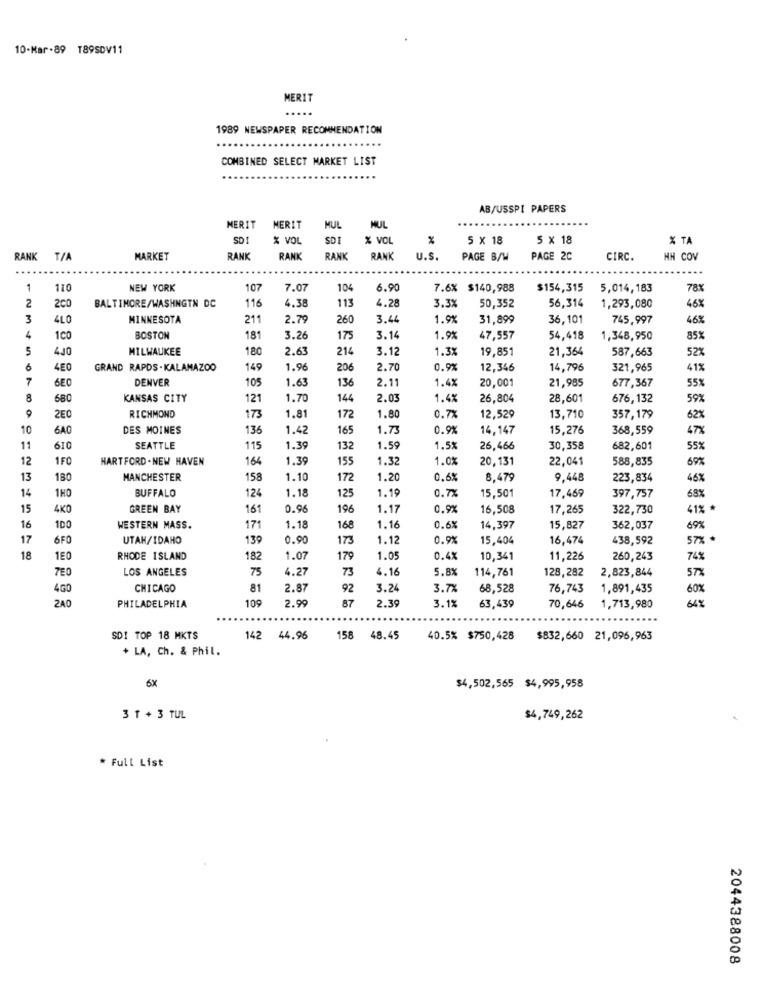
10-Mar .89 189SDV11
MERIT
1989 NEWSPAPER RECOMMENDATION
COMBINED SELECT MARKET LIST
AB/USSPI PAPERS
MERIT
MERIT
MUL
MUL
SD!
% VOL
SDI
% VOL
%
5 × 18
5 x 18
% TA
RANK T/A
MARKET
RANK
RANK
RAN
RANK
U.S.
PAGE B/W
PAGE 2C
CIRC.
HH COV
1
110
NEW YORK
107
7.07
104
6.90
7.6% $140,988
$154,315
5,014, 183
78x
BALTIMORE/WASHNGTN DC
4.38
113
4.28
56,314
2
200
116
3.3%
50,352
1,293,080
46%
3
4L0
MINNESOTA
211
2.79
260
3.4
1.9%
31,899
36,101
745,997
46%
4
100
BOSTON
181
3.26
175
3.14
1.9%
47,557
54,418
1,348,950
85%
5
400
MILWAUKEE
180
2.63
214
3.12
1.3%
19,851
21,364
587,663
52%
6
4E0
GRAND RAPDS- KALAMAZOO
149
1.96
206
2.70
0.9%
12,346
14,796
321,965
41%
7
DENVER
105
136
1.4%
20,001
21,985
677,367
55%
6E0
1.63
2.11
8
680
KANSAS CITY
121
1.70
144
2.03
1.4%
26,804
28,601
676,132
59%
0.7%
2E0
RICHMOND
173
1.81
172
1.80
12,529
13,710
357,179
62%
10
6AO
DES MOINES
136
1.42
165
1.73
0.9%
14,147
15,276
368,559
47%
11
610
SEATTLE
115
1.39
132
1.59
1.5%
26,466
30,358
682,601
55%
12
1FO
HARTFORD -NEW HAVEN
164
1.39
155
1.32
1.0%
20,131
22,041
588,835
69%
13
180
MANCHESTER
158
1.10
172
1.20
0.6%
8,479
9,448
223,834
46%
14
BUFFALO
124
1.18
125
1.19
15,501
68%
1HO
0.7%
17,469
397,757
15
4KO
GREEN BAY
161
0.96
196
1.17
0.9%
16,508
17,265
322,730
41% *
16
100
WESTERN MASS.
171
1.18
168
1.16
0.6%
14,397
15,827
362,037
69%
17
6FO
UTAH/IDAHO
139
0.90
173
1.12
0.9%
15,404
16,474
438,592
57%
18
1E0
RHODE ISLAND
182
1.07
179
1.0
0.4%
10,341
11,226
260,243
74%
7E0
LOS ANGELES
75
4.27
73
4.16
5.8%
114,761
128,282
2,823,844
57%
4GO
CHICAGO
81
2.87
92
3.24
3.7%
68,528
76,743
1,891,435
60%
ZAO
109
87
2.39
PHILADELPHIA
2.99
3.1%
63,439
70,646
1,713,980
64%
SDI TOP 18 MKTS
142 44.96
158 48.45
40.5% $750,428
$832,660 21,096,963
+ LA, Ch. & Phil.
6X
$4,502,565 $4,995,958
3 1 + 3 TUL
$4,749,262
* Full List
2044388008